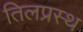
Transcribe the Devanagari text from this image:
तिलप्रस्थ